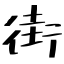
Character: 街